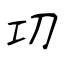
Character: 㓛